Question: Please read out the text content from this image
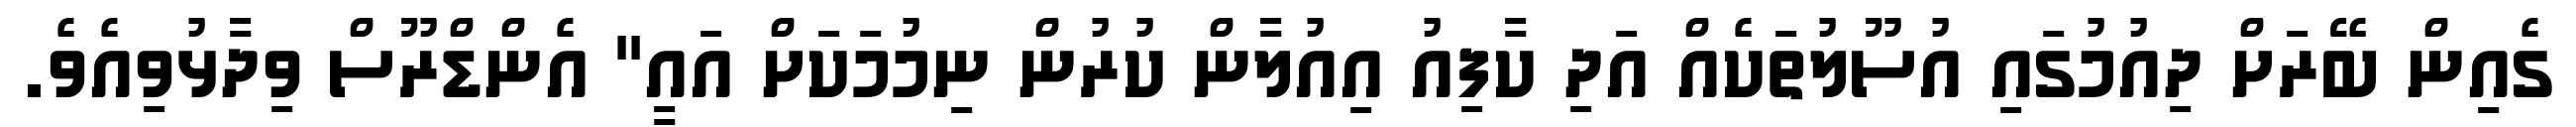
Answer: ގެއިން ބޭރަށް ދިއުމުގައި އުސޫލުތަކެއް އަދި ކާފިއު އިއުލާން ކުރުން ނިމުމަކަށް އައީ" އެންޑްރޫސް ވިދާޅުވިއެވެ.